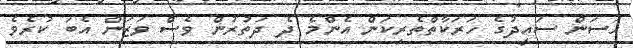
ހަސަން ސައީދުގެ ހަރަކާތްތެރިކަން އެންމެ ދެ ދަތުރުން ވެސް ވަޒަން އެބަ ކުރެވެ